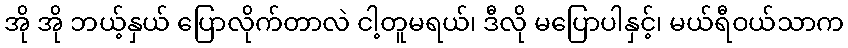
အို အို ဘယ့်နှယ် ပြောလိုက်တာလဲ ငါ့တူမရယ်၊ ဒီလို မပြောပါနှင့်၊ မယ်ရီဝယ်သာက